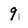
Character: 9